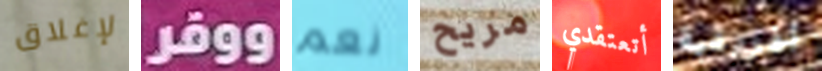
لإغلاق ووفر نعم مريح أتعتقدي أفريقية